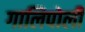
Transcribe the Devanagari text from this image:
गालिपोली